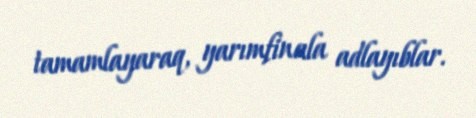
tamamlayaraq, yarımfinala adlayıblar.